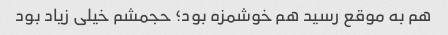
هم به موقع رسید هم خوشمزه بود؛ حجمشم خیلی زیاد بود